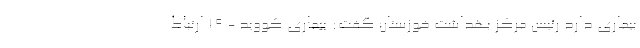
بیماری دارد رئیس مرکز بهداشت خوزستان گفت: بیماری کووید - ۱۹ ارتباط